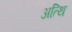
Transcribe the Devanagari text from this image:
अत्थि